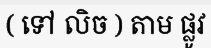
( ទៅ លិច ) តាម ផ្លូវ